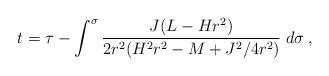
LaTeX: \begin{align*}t=\tau-\int^\sigma\frac{J(L-Hr^2)}{2r^2(H^2r^2-M+J^2/4r^2)}\;d\sigma\:,\end{align*}